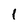
Character: 1